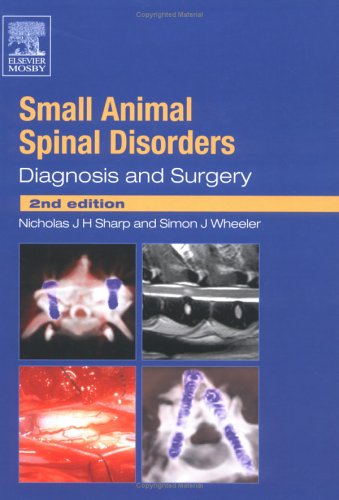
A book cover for Small Animal Spinal Disorders: Diagnosis and Surgery, 2e; Nicholas Sharp; Medical Books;